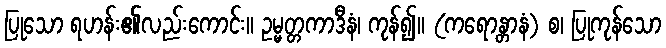
ပြုသော ရဟန်း၏လည်းကောင်း။ ဥမ္မတ္တကာဒီနံ၊ ကုန်၍။ (ကရောန္တာနံ) စ၊ ပြုကုန်သော